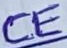
Text: CE